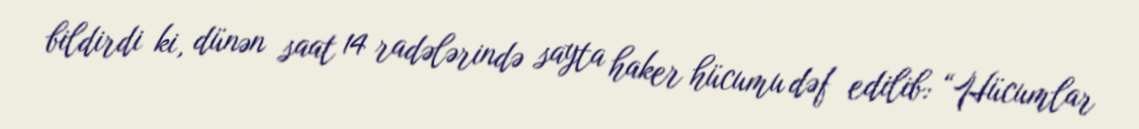
bildirdi ki, dünən saat 14 radələrində sayta haker hücumu dəf edilib: “Hücumlar